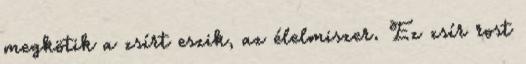
megkötik a zsírt eszik, az élelmiszer. Ez zsír rost